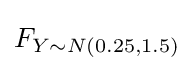
F_{Y\sim N(0.25,1.5)}